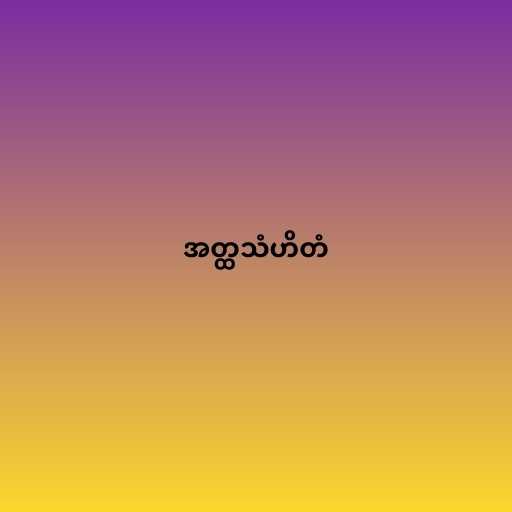
အတ္ထသံဟိတံ